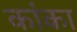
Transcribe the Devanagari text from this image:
कांका